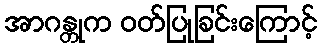
အာဂန္တုက ဝတ်ပြုခြင်းကြောင့်